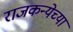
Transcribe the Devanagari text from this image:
राजकन्येच्या